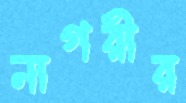
নাগরীর